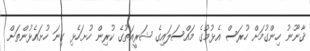
ޤާނޫނު ހިންގުމަށް ހުރަސް އެޅުމުގެ މައްސަލައިގެ ޝަރީއަތުގެ ކުރިން ހުށަހެޅި ގިނަ ހުށައެޅުންތަށް